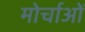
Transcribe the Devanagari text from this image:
मोर्चाओं